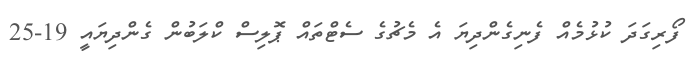
ފޯރިގަދަ ކުޅުމެއް ފެނިގެންދިޔަ އެ މެޗުގެ ސެޓްތައް ޕޮލިސް ކްލަބުން ގެންދިޔައީ 19-25